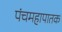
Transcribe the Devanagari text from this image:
पंचमहापातक